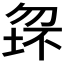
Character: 𱐺